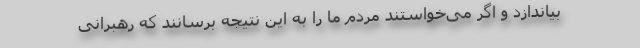
بیاندازد و اگر می‌خواستند مردم ما را به این نتیجه برسانند که رهبرانی